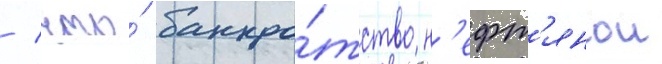
/ что́ банкро́тство н'ефт'янои